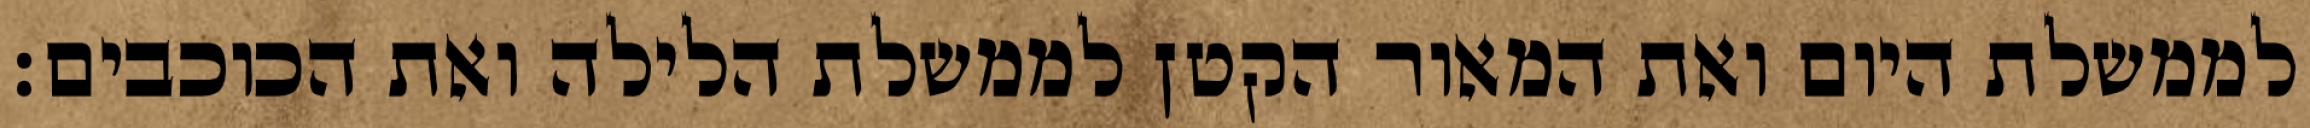
לממשלת היום ואת המאור הקטן לממשלת הלילה ואת הכוכבים׃